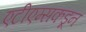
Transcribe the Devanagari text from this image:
एटीएम्सकडून